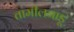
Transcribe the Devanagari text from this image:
तामीलनाडू